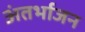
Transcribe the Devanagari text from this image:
अंतर्भाजन